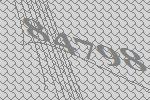
84798